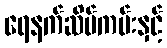
ရေနက်ဆိပ်ကမ်းနှင့်